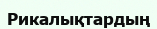
Рикалықтардың